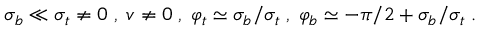
\sigma _ { b } \ll \sigma _ { t } \neq 0 \; , \; v \neq 0 \; , \; \varphi _ { t } \simeq \sigma _ { b } / \sigma _ { t } \; , \; \varphi _ { b } \simeq - \pi / 2 + \sigma _ { b } / \sigma _ { t } \; .